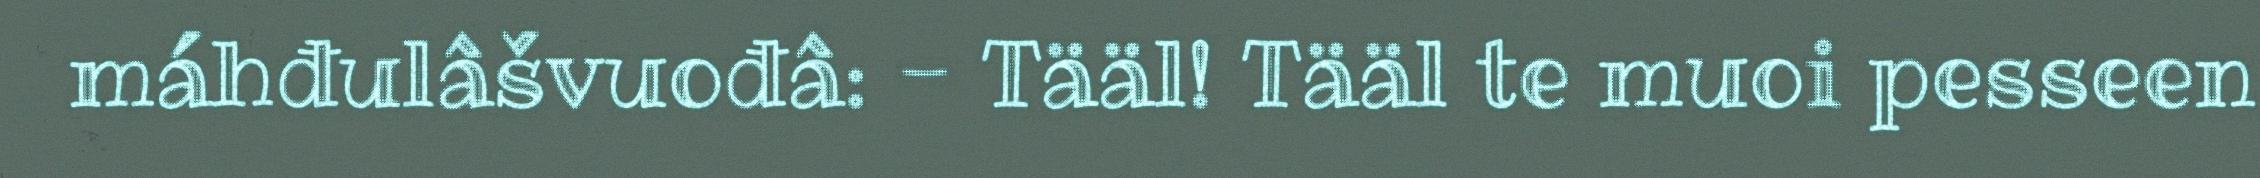
máhđulâšvuođâ: - Tääl! Tääl te muoi pesseen